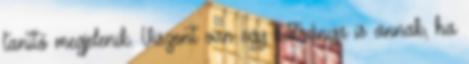
tanító megjelenik. Viszont van egy hátránya is annak, ha